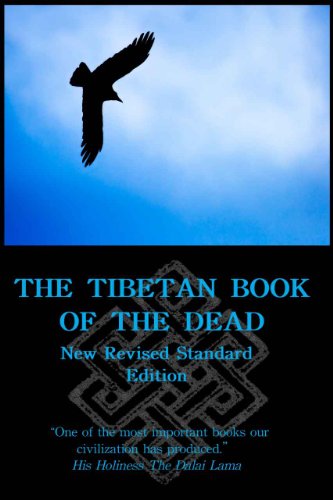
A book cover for The Tibetan Book of the Dead; Padmasambhava Lotus-Born; Religion & Spirituality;